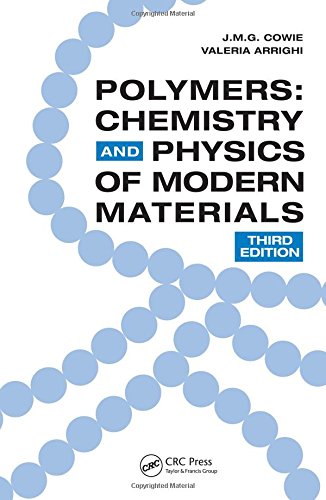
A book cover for Polymers: Chemistry and Physics of Modern Materials, Third Edition; J.M.G. Cowie; Science & Math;